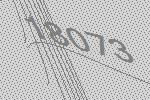
18073